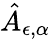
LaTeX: \hat{A}_{\epsilon,\alpha}